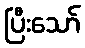
ပြီးသော်